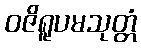
ဝဇိရူပမသုတ္တံ